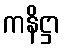
ကနိဋ္ဌာ